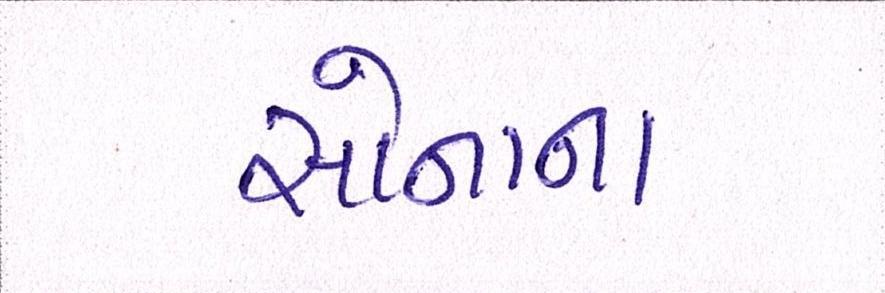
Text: સોનાના